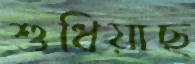
শুধিয়াছ